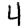
Digit: 4